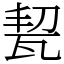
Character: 㼤